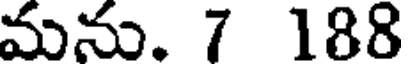
మను. 7 188